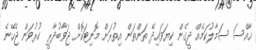
ޚާއްސަ ސަމާލުކަމެއް ދީގެން ކިޔަވައިދޭ ތަންތަން އިތުރަށް މޮނިޓަކޮށް ޖަވާބުދާރީ ކުރުވަން ޖެހޭނެ